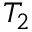
T _ { 2 }